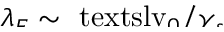
\smash { \lambda _ { E } ^ { } \sim \ensuremath { \mathrm { \ t e x t s l { v } } _ { 0 } } / \gamma _ { s } }